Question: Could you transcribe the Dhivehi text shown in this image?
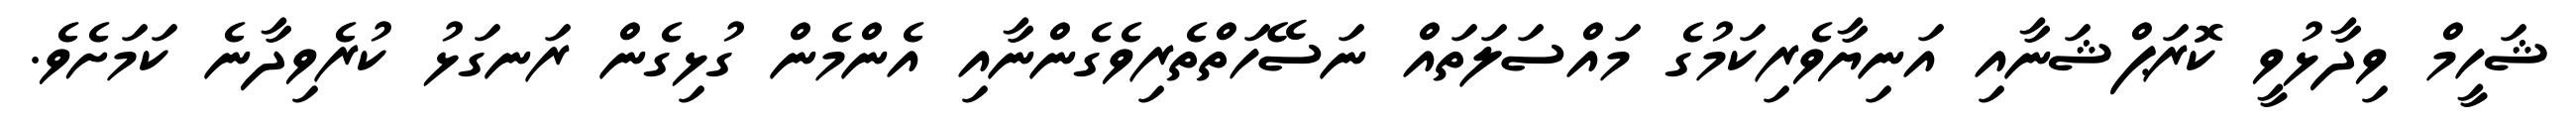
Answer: ޝަހީމް ވިދާޅުވީ ކޮރަޕްޝަނާއި އަނިޔާވެރިކަމުގެ މައްސަލަތައް ނަސޭހަތްތެރިވެގެންނާއި އެންމެން ގުޅިގެން ރަނގަޅު ކުރެވިދާނެ ކަމަށެވެ.